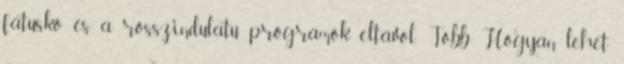
fatuskó és a rosszindulatú programok eltávol. Több Hogyan lehet